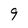
Character: 9